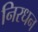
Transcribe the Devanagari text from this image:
निरधन